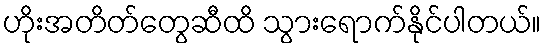
ဟိုးအတိတ်တွေဆီထိ သွားရောက်နိုင်ပါတယ်။